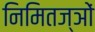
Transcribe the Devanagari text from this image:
निमितज्ञों